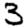
Digit: 3